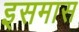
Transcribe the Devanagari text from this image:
इसमास